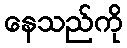
နေသည်ကို